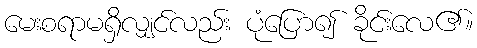
မေးစရာမရှိလျှင်လည်း ပုံပြော၍ ခိုင်းလေ၏။